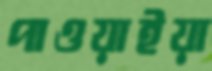
পাওয়াইয়া